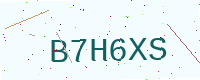
Text: B7H6XS